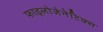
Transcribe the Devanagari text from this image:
फाइलोजेनेटिक्स